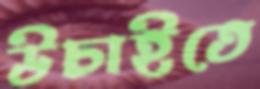
উচাইতে